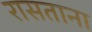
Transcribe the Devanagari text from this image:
रासताना